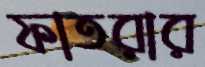
ফাতরার